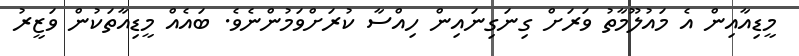
މީޑިއާއިން އެ މައުލޫމާތު ވަރަށް ގިނަގިނައިން ހިއްސާ ކުރަށްވަމުންނެވެ. ބައެއް މީޑިއާތަކުން ވަޒީރު